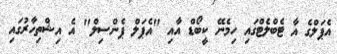
އެޕަލްގެ އާ ޓެބްލެޓްގައި ހިމެނޭ ކީބޯޑް އާއި "އެޕަލް ޕެންސިލް" އެ އިޝްތިހާރުގައި